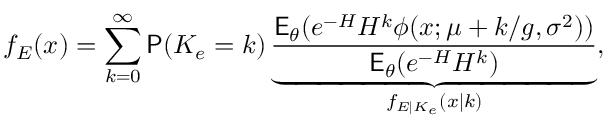
f _ { E } ( x ) = \sum _ { k = 0 } ^ { \infty } \mathsf P ( K _ { e } = k ) \underbrace { \frac { \mathsf E _ { \theta } ( e ^ { - H } H ^ { k } \phi ( x ; \mu + k / g , \sigma ^ { 2 } ) ) } { \mathsf E _ { \theta } ( e ^ { - H } H ^ { k } ) } } _ { f _ { E | K _ { e } } ( x | k ) } ,